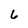
Character: 6